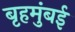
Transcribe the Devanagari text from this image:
बृहमुंबई